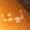
نيتا